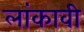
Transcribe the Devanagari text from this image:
लांकावी